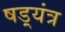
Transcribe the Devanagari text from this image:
षड़्यंत्र